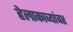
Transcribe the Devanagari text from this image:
हेलाकाव्यांवर